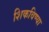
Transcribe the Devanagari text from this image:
शिकविण्या